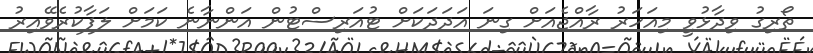
ތޯރިގު ވިދާޅުވީ މިއަހަރު ރާއްޖެއަށް ގިނަ އަދަދަކަށް ޓުއަރިސްޓުން އަންނާނެ ކަމަށް ލަފާކުރެވޭއިރު